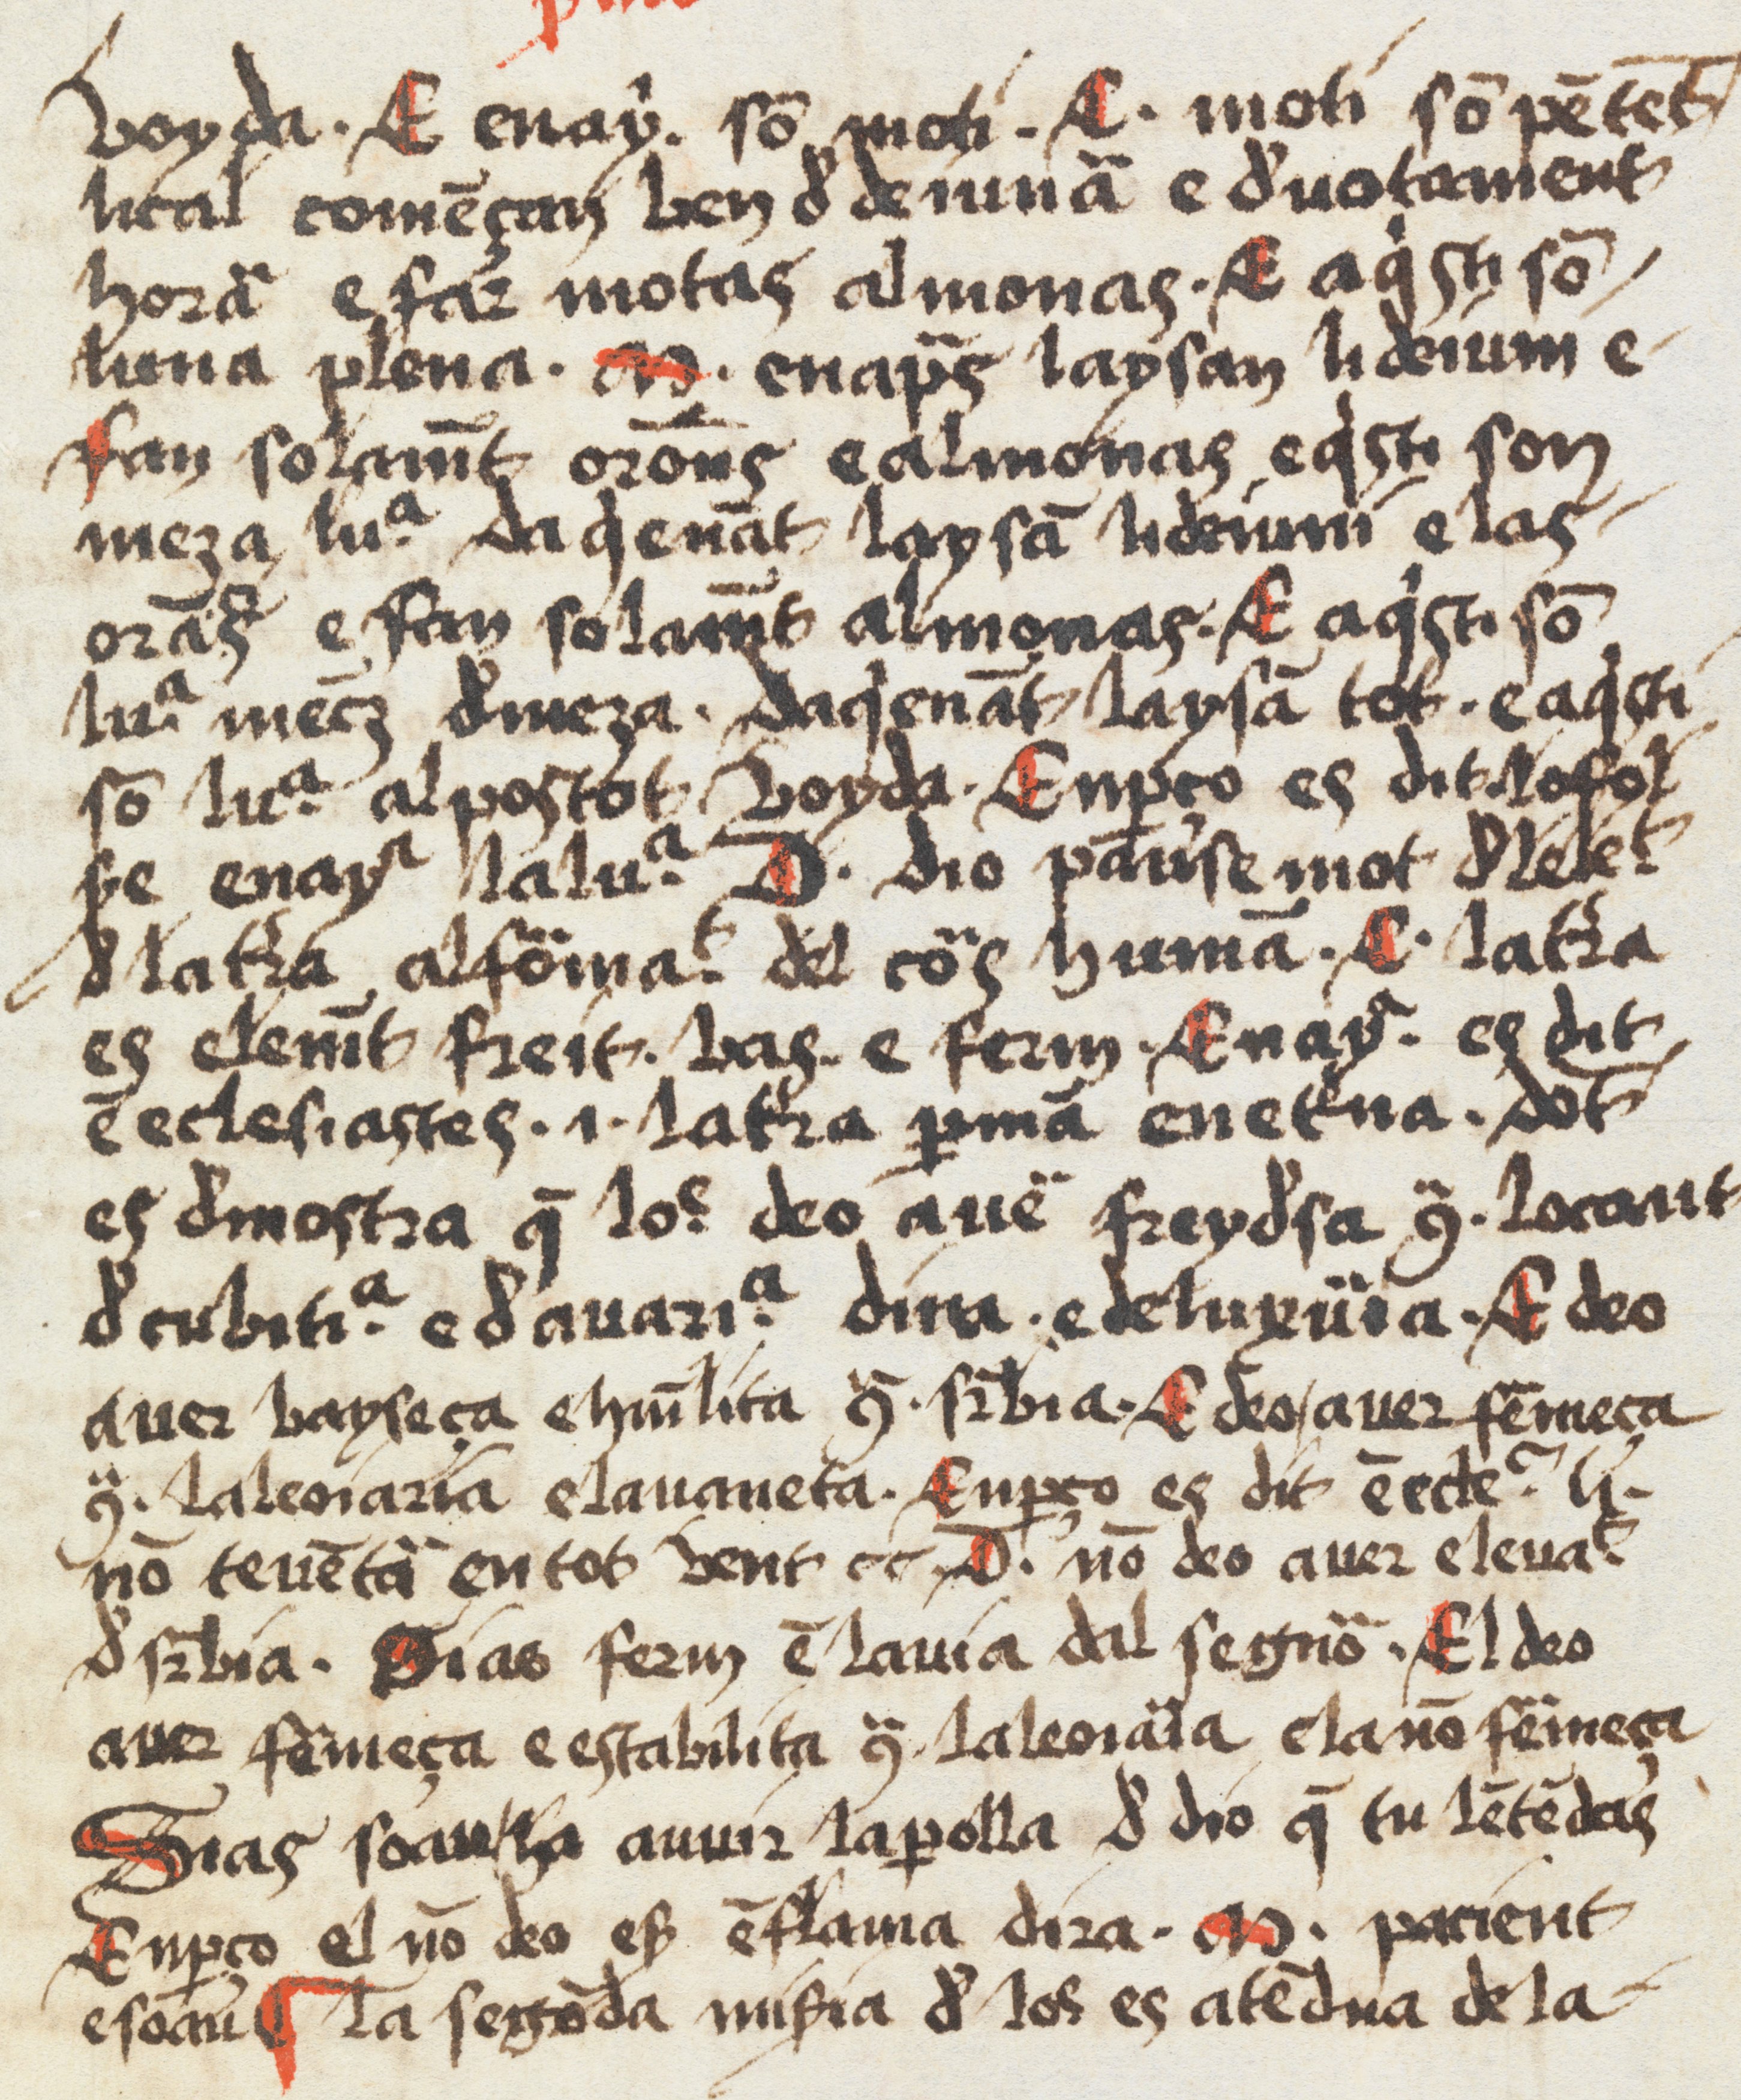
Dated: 1500–1599